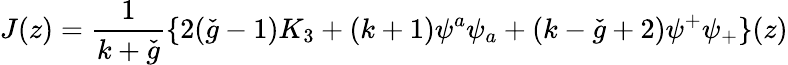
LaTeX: J(z)=\frac{1}{k+\check{g}}\{ 2(\check{g}-1)K_{3}+(k+1)\psi^{a}\psi_{a}+(k-\check{g}+2)\psi^{+}\psi_{+}\} (z)